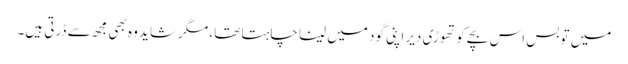
میں تو بس اس بچے کو تھوڑی دیر اپنی گود میں لینا چاہتا تھا، مگر شاید وہ بھی مجھ سے ڈرتی ہیں۔